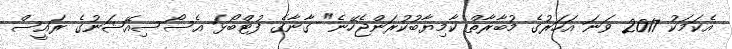
އެކަމަކު 2017 ވަނަ އަހަރުގެ މުބާރާތް ކާމިޔާބުކުރަންޖެހޭނެ" ގާނާގެ ފުޓްބޯޅަ އެސޯސިއޭޝަނުގެ ރައީސް